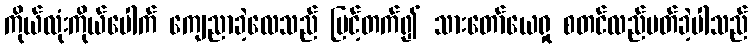
ကိုယ်လုံးကိုယ်ပေါက် ကျေညာခဲ့လေသည် မြင့်တက်၍ သားတော်ယေရှု စတင်လည်ပတ်ခဲ့ပါသည်